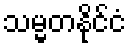
သမ္မတနိုင်ငံ